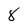
Character: 8